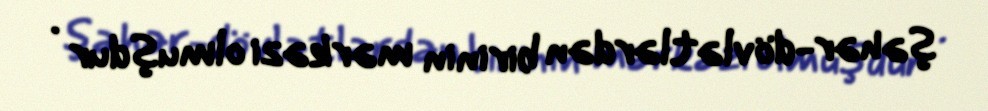
şəhər-dövlətlərdən birinin mərkəzi olmuşdur .